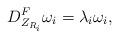
LaTeX: \begin{align*}D^F_{Z_{R_i}} \omega_i = \lambda_i \omega_i ,\end{align*}